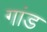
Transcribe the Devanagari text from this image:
गांड